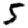
Digit: 5